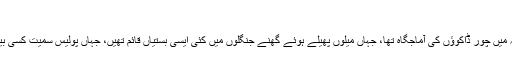
)
دریائے سندھ کے کنارے پر واقع کچے کا یہ علائقہ اس زمانہ میں چور ڈاکوؤں کی آماجگاہ تھا، جہاں میلوں پھیلے ہوئے گھنے جنگلوں میں کئی ایسی بستیاں قائم تھیں، جہاں پولیس سمیت کسی بیرونی آدمی کا آنا آنے والے کے لئے خطرے سے خالی نہ تھا۔